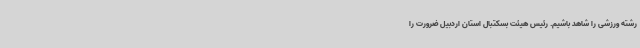
رشته ورزشی را شاهد باشیم. رئیس هیئت بسکتبال استان اردبیل ضرورت را